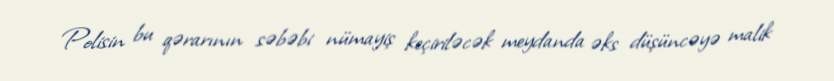
Polisin bu qərarının səbəbi nümayiş keçiriləcək meydanda əks düşüncəyə malik